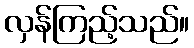
လှန်ကြည့်သည်။